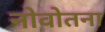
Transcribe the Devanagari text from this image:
नोवोतना